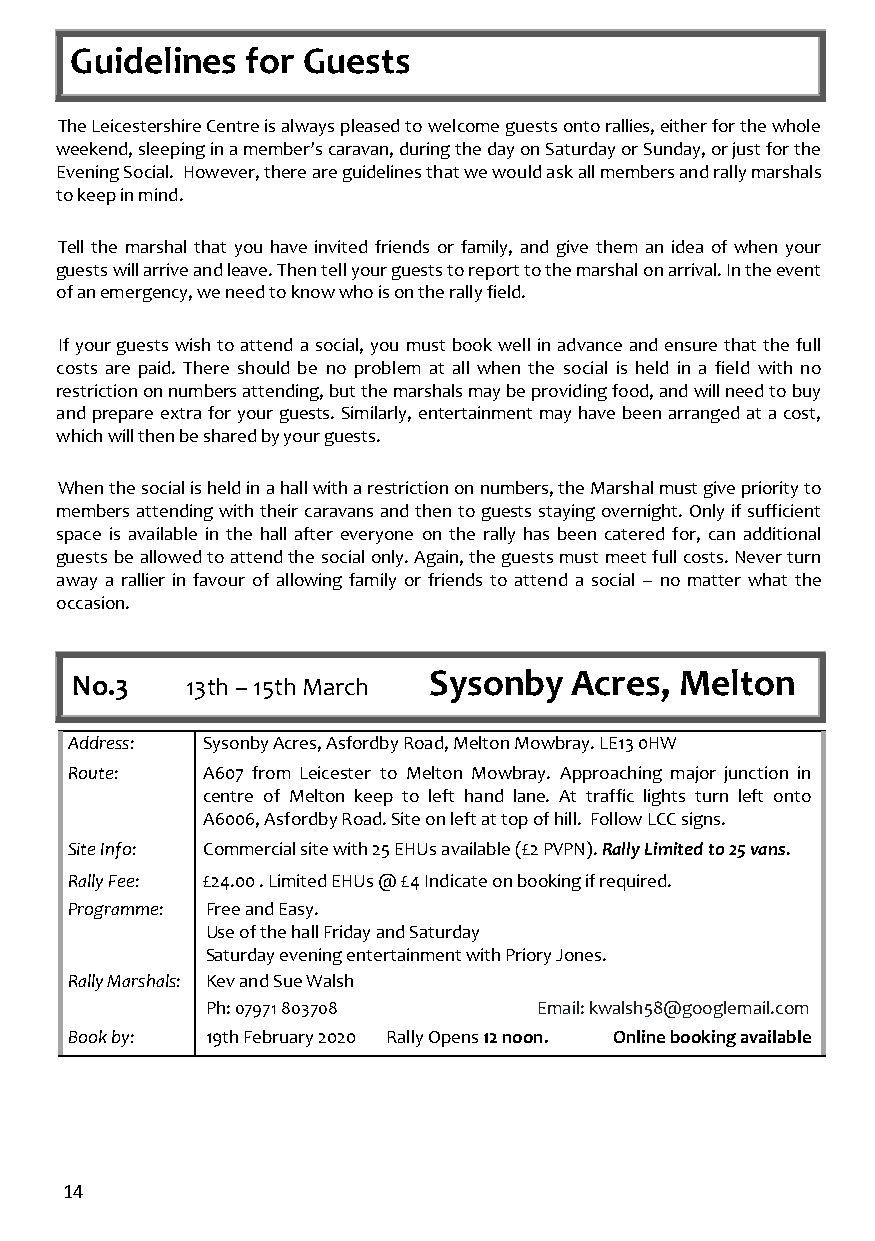
Guidelines for Guests
 The Leicestershire Centre is always pleased to welcome guests onto rallies, either for the whole
 weekend, sleeping in a member’s caravan, during the day on Saturday or Sunday, or just for the
 Evening Social. However, there are guidelines that we would ask all members and rally marshals
 to keep in mind.
 Tell the marshal that you have invited friends or family, and give them an idea of when your
 guests will arrive and leave. Then tell your guests to report to the marshal on arrival. In the event
 of an emergency, we need to know who is on the rally field.
 If your guests wish to attend a social, you must book well in advance and ensure that the full
 costs are paid. There should be no problem at all when the social is held in a field with no
 restriction on numbers attending, but the marshals may be providing food, and will need to buy
 and prepare extra for your guests. Similarly, entertainment may have been arranged at a cost,
 which will then be shared by your guests.
 When the social is held in a hall with a restriction on numbers, the Marshal must give priority to
 members attending with their caravans and then to guests staying overnight. Only if sufficient
 space is available in the hall after everyone on the rally has been catered for, can additional
 guests be allowed to attend the social only. Again, the guests must meet full costs. Never turn
 away a rallier in favour of allowing family or friends to attend a social – no matter what the
 occasion.
 No.3   13th – 15th March Sysonby Acres, Melton
 Address: Sysonby Acres, Asfordby Road, Melton Mowbray. LE13 0HW
 Route:   A607 from Leicester to Melton Mowbray. Approaching major junction in
 centre of Melton keep to left hand lane. At traffic lights turn left onto
 A6006, Asfordby Road. Site on left at top of hill. Follow LCC signs.
 Site Info: Commercial site with 25 EHUs available (£2 PVPN). Rally Limited to 25 vans.
 Rally Fee: £24.00 . Limited EHUs @ £4 Indicate on booking if required.
 Programme: Free and Easy.
 Use of the hall Friday and Saturday
 Saturday evening entertainment with Priory Jones.
 Rally Marshals: Kev and Sue Walsh
 Ph: 07971 803708      Email: kwalsh58@googlemail.com
 Book by:  19th February 2020 Rally Opens 12 noon. Online booking available
 14